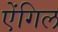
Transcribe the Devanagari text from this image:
ऐंगिल